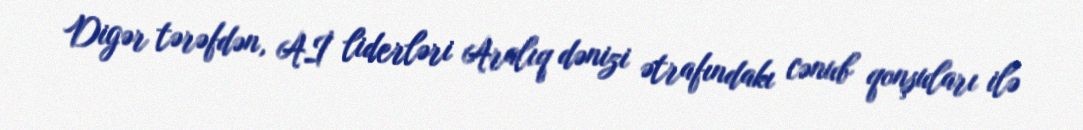
Digər tərəfdən, Aİ liderləri Aralıq dənizi ətrafındakı cənub qonşuları ilə